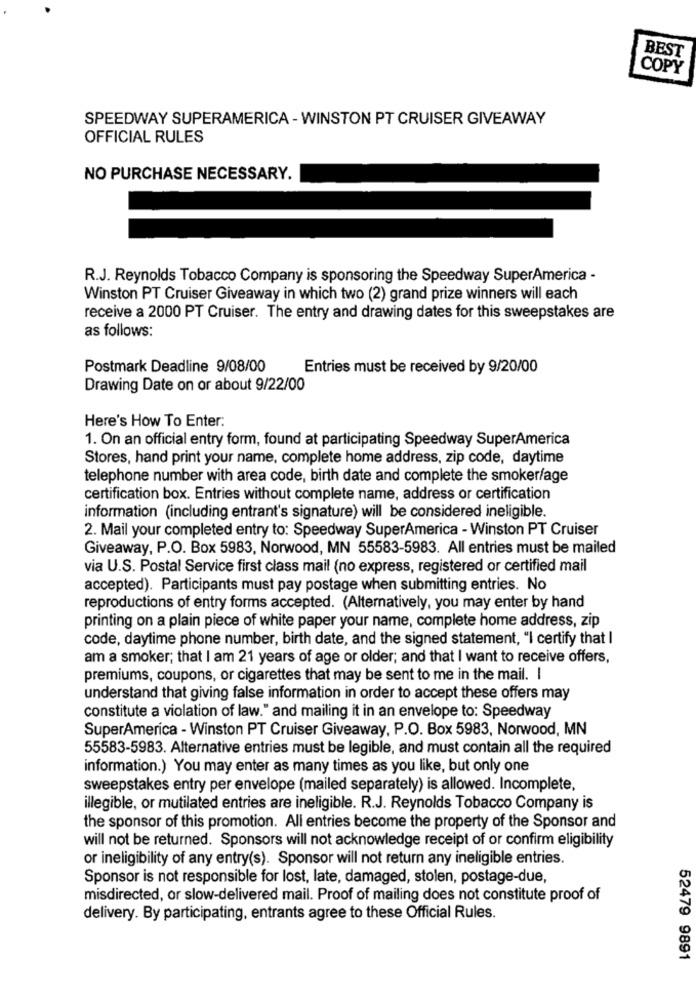
BEST
COPY
SPEEDWAY SUPERAMERICA - WINSTON PT CRUISER GIVEAWAY
OFFICIAL RULES
NO PURCHASE NECESSARY.
R.J. Reynolds Tobacco Company is sponsoring the Speedway SuperAmerica -
Winston PT Cruiser Giveaway in which two (2) grand prize winners will each
receive a 2000 PT Cruiser. The entry and drawing dates for this sweepstakes are
as follows:
Postmark Deadline 9/08/00
Entries must be received by 9/20/00
Drawing Date on or about 9/22/00
Here's How To Enter:
1. On an official entry form, found at participating Speedway SuperAmerica
Stores, hand print your name, complete home address, zip code, daytime
telephone number with area code, birth date and complete the smoker/age
certification box. Entries without complete name, address or certification
information (including entrant's signature) will be considered ineligible.
2. Mail your completed entry to: Speedway SuperAmerica - Winston PT Cruiser
Giveaway, P.O. Box 5983, Norwood, MN 55583-5983. All entries must be mailed
via U.S. Postal Service first class mail (no express, registered or certified mail
accepted). Participants must pay postage when submitting entries. No
reproductions of entry forms accepted. (Alternatively, you may enter by hand
printing on a plain piece of white paper your name, complete home address, zip
code, daytime phone number, birth date, and the signed statement, "I certify that I
am a smoker; that I am 21 years of age or older; and that I want to receive offers,
premiums, coupons, or cigarettes that may be sent to me in the mail. I
understand that giving false information in order to accept these offers may
constitute a violation of law." and mailing it in an envelope to: Speedway
SuperAmerica - Winston PT Cruiser Giveaway, P.O. Box 5983, Norwood, MN
55583-5983. Alternative entries must be legible, and must contain all the required
information.) You may enter as many times as you like, but only one
sweepstakes entry per envelope (mailed separately) is allowed. Incomplete,
illegible, or mutilated entries are ineligible. R.J. Reynolds Tobacco Company is
the sponsor of this promotion. All entries become the property of the Sponsor and
will not be returned. Sponsors will not acknowledge receipt of or confirm eligibility
or ineligibility of any entry(s). Sponsor will not return any ineligible entries.
Sponsor is not responsible for lost, late, damaged, stolen, postage-due,
misdirected, or slow-delivered mail. Proof of mailing does not constitute proof of
delivery. By participating, entrants agree to these Official Rules.
52479 9891